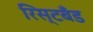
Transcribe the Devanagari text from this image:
रिस्टबँड